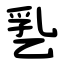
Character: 㐠